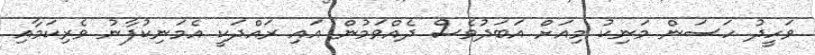
ވަހީދު ހަސަން މަނިކު މިއަށް އަބަދުވެސް ދެއްވަމުން އައި ރައްދަކީ އެމަނިކުފާނު ވެރިކަމާއި